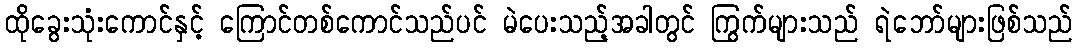
ထိုခွေးသုံးကောင်နှင့် ကြောင်တစ်ကောင်သည်ပင် မဲပေးသည့်အခါတွင် ကြွက်များသည် ရဲဘော်များဖြစ်သည်